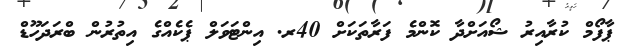
ޕާފޯމް ކުރާއިރު ޝޯއަށްދާ ކޮންމެ ފަރާތަކަށް 40ރ. އިންޓަވަލް ޕެކެއްގެ އިތުރުން ބްރަދަހޫޑް